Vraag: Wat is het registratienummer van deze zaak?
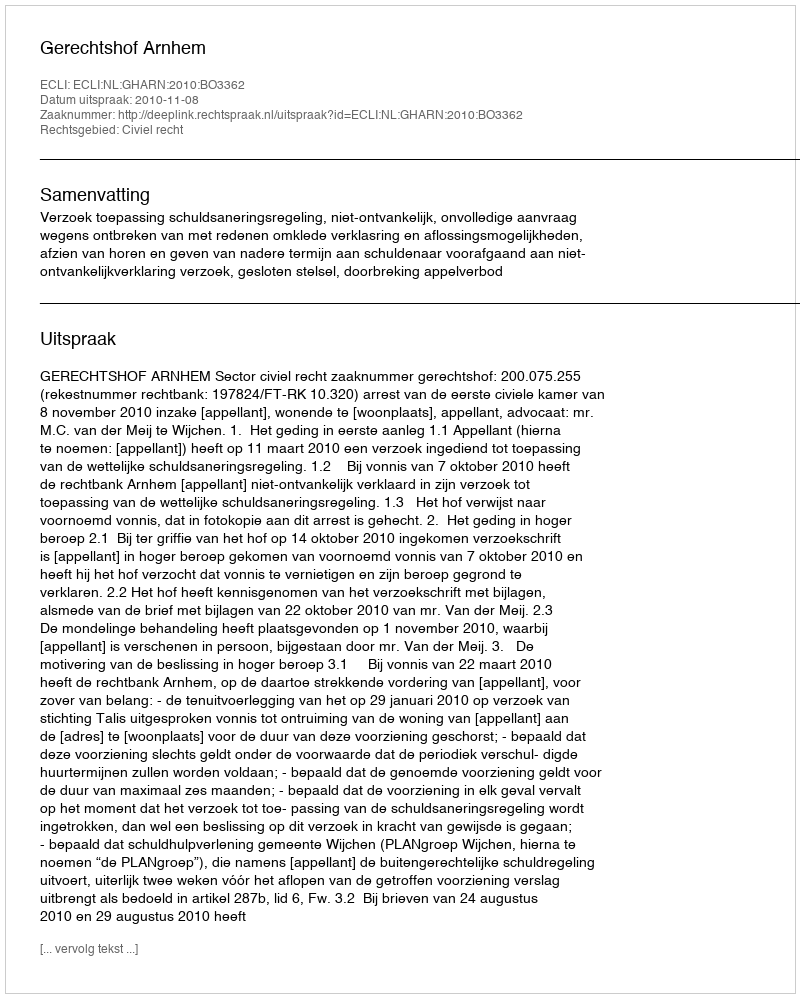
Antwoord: http://deeplink.rechtspraak.nl/uitspraak?id=ECLI:NL:GHARN:2010:BO3362